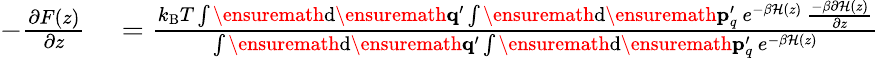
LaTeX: \begin{array}{rl}{-\frac{\partial F(z)}{\partial z}}&{{}=\frac{k_{\mathrm{B}}T\int\ensuremath{\mathrm{d}}\ensuremath{\mathbf{q}}^{\prime}\int\ensuremath{\mathrm{d}}\ensuremath{\mathbf{p}}_{q}^{\prime}\ e^{-\beta\mathcal{H}(z)}\ \frac{-\beta\partial\mathcal{H}(z)}{\partial z}}{\int\ensuremath{\mathrm{d}}\ensuremath{\mathbf{q}}^{\prime}\int\ensuremath{\mathrm{d}}\ensuremath{\mathbf{p}}_{q}^{\prime}\ e^{-\beta\mathcal{H}(z)}}}\end{array}